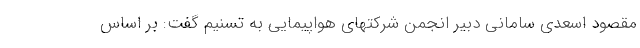
مقصود اسعدی سامانی دبیر انجمن شرکتهای هواپیمایی به تسنیم گفت: بر اساس